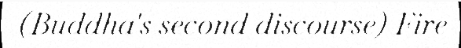
(Buddha's second discourse) Fire